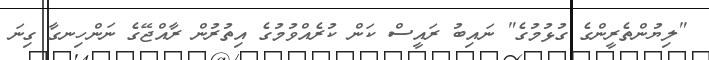
"ލިޔުންތެރީންގެ ގުޅުމުގެ" ނައިބު ރައީސް ކަން ކުރެއްވުމުގެ އިތުރުން ރާއްޖޭގެ ނަންހިނގާ ގިނަ